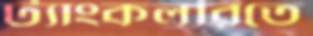
ট্যাংকলরিতে